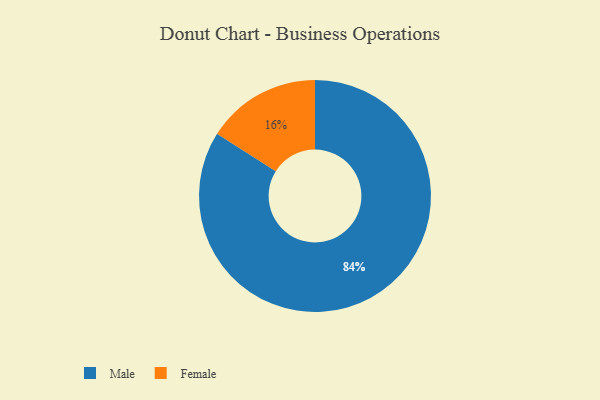
{"axis": {"x": "Category", "y": "Percentage"}, "legend": ["Female", "Male"], "data": [{"x": "Male", "y": 84, "type": "Male"}, {"x": "Female", "y": 16, "type": "Female"}]}